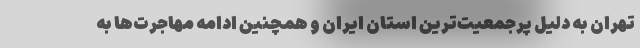
تهران به دلیل پرجمعیت‌ترین استان ایران و همچنین ادامه مهاجرت‌ها به